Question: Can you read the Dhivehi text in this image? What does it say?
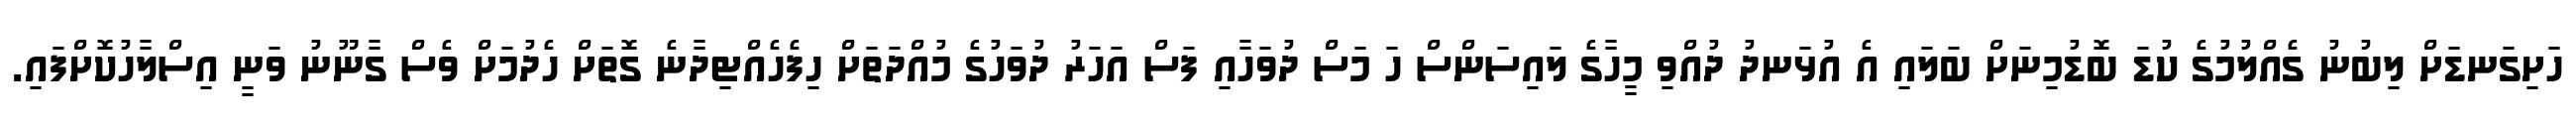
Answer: ހަށިގަނޑަށް ލިބުނު ގެއްލުމުގެ ކުޑަ ބޮޑުމިނަށް ބަލައި އެ އުޅަނދު ދުއްވި މީހާގެ ލައިސަންސް ހަ މަސް ދުވަހާއި ފަސް އަހަރު ދުވަހުގެ މުއްދަތަށް ހިފެހެއްޓިދާނެ ގޮތަށް ހެދުމަށް ވެސް ގާނޫނު ވަނީ އިސްލާހުކޮށްފައި.